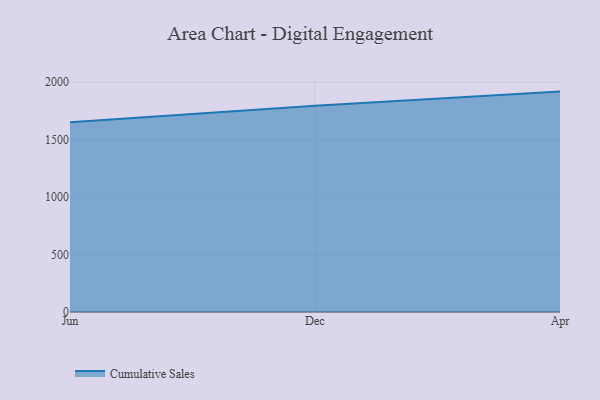
{"axis": {"x": "Month", "y": "Revenue (USD Million)"}, "legend": ["Cumulative Sales"], "data": [{"x": "Jun", "y": 1649.0, "type": "Cumulative Sales"}, {"x": "Dec", "y": 1792.7, "type": "Cumulative Sales"}, {"x": "Apr", "y": 1915.1, "type": "Cumulative Sales"}]}